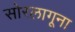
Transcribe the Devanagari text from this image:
सोरलागूना